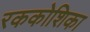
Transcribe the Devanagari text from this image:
रककोशिका